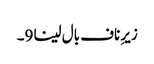
زیرِ ناف بال لینا 9۔